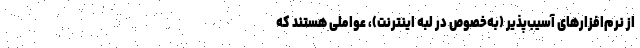
از نرم‌افزارهای آسیب‌پذیر (به‌خصوص در لبه اینترنت)، عواملی هستند که